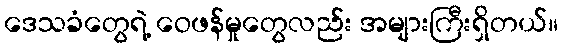
ဒေသခံတွေရဲ့ ဝေဖန်မှုတွေလည်း အများကြီးရှိတယ်။